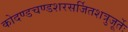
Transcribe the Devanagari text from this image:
कोदण्डचण्डशरसर्जितशत्रुजूर्तेः